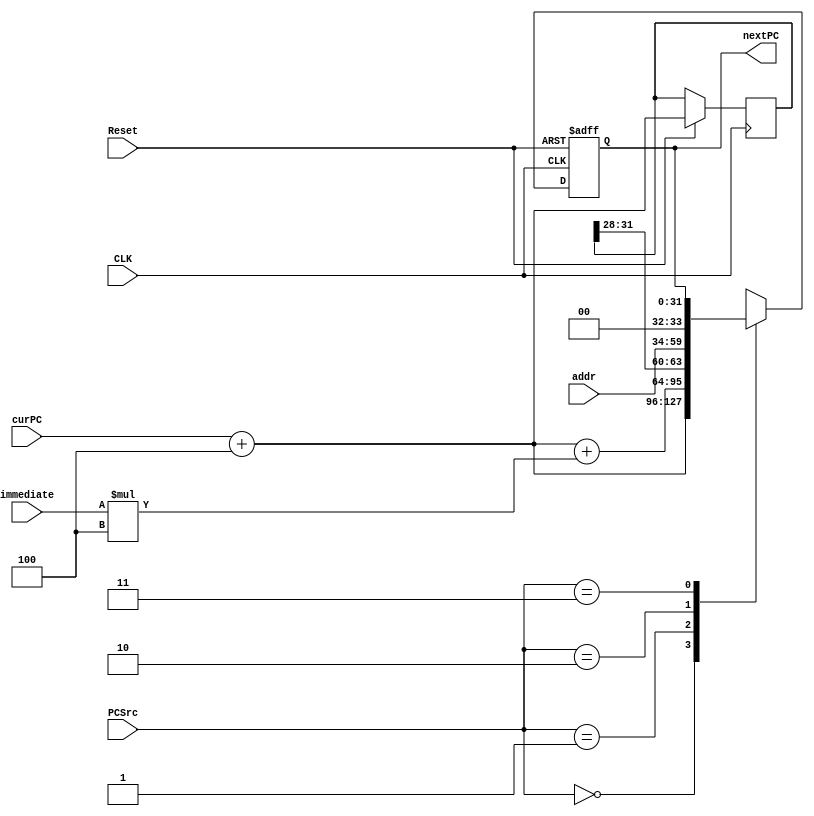
`timescale 1ns / 1ps

module pc_adder(
        input CLK,    
        input Reset,          
        input [1:0] PCSrc,            
        input [31:0] immediate, 
        input [25:0] addr,
        input [31:0] curPC,
        output reg[31:0] nextPC  
    );
    
    initial nextPC <= 0;
    reg [31:0] pc;
    
    always@(negedge CLK or negedge Reset) begin
        if(Reset == 0) begin
            nextPC <= 0;
        end
        else begin
            pc <= curPC + 4;
            case(PCSrc)
                2'b00: nextPC <= curPC + 4;
                2'b01: nextPC <= curPC + 4 + immediate * 4;
                2'b10: nextPC <= {pc[31:28],addr,2'b00};
                2'b11: nextPC <= nextPC;
            endcase
        end
    end
endmodule